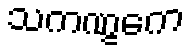
သကဏ္ဋကေ